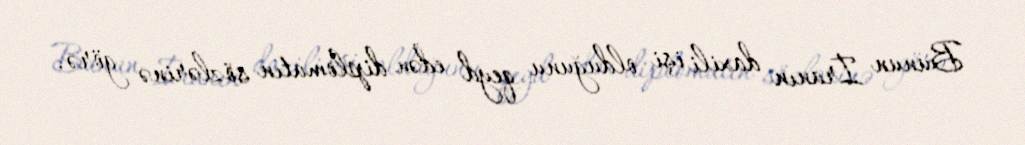
Bunun İranın daxili işi olduğunu qeyd edən diplomatın sözlərinə görə,